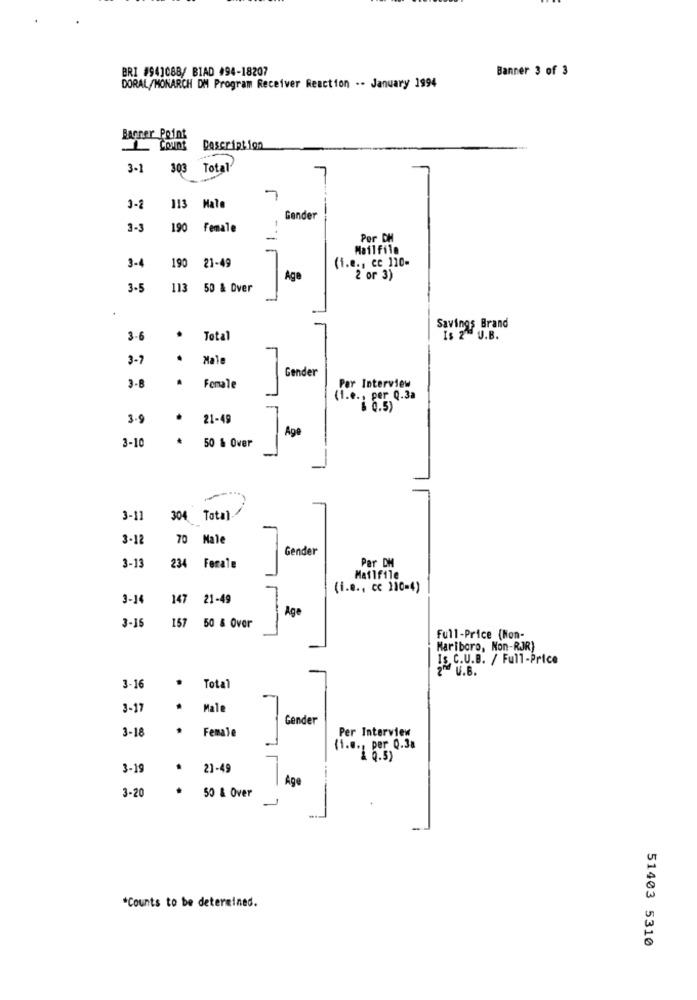
BRI #943088/ BIAD #94-18207
Banner 3 of 3
DORAL/MONARCH DM Program Receiver Reaction .- January 1994
Barner Point
Description
3-1
303
Total
3-2
113 Mate
Gender
3-3
190 Female
Por DH
Mailfile
(i.e ., ce 110-
3-4
190 21-49
Age
2 or 3)
3.5
113 50 & Over
Savings Brand
3-6
Total
Is 2 U.B.
3-7
.
Male
Gender
.
3-8
Female
Per Interview
(1.e ., per Q.3a
$ 8.5)
3.9
.
21-49
Age
3-10
50 & Over
3-11
304 Total-
3-12
70 Male
Gender
Par DM
3-13
234 Ferale
Mailfile
(i.e ., cc 110-4)
3-14
147
21-49
Age
3-15
157 50 & Over
Full-Price (Non-
Mariboro, Non-RJR)
Is C.U.B. / Full-Price
2ª U.B.
.
3-16
Total
3-17
.
Male
Gender
3-18
.
Female
Per Interview
(1.0 ., per 0.38
1 0.5)
3-19
21-49
Age
3-20
50 & Over
-
*Counts to be determined.
51403 5310